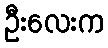
ဦးလေးက